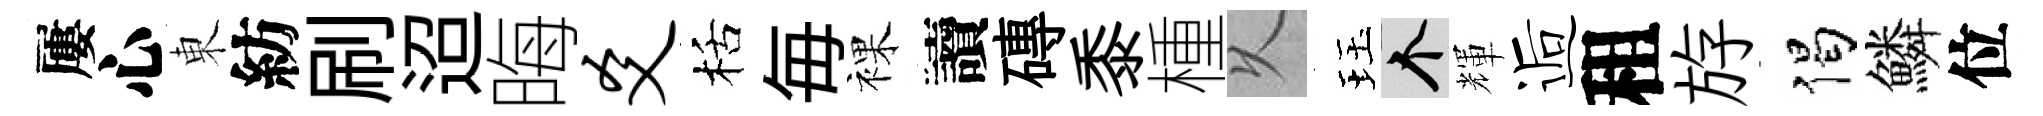
屢心東紡刷迢晦爻栝毎裸讀磚黍㮔乆珏个輝逅租斿偈鱗位